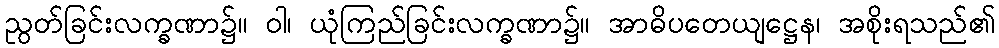
ညွတ်ခြင်းလက္ခဏာ၌။ ဝါ၊ ယုံကြည်ခြင်းလက္ခဏာ၌။ အာဓိပတေယျဋ္ဌေန၊ အစိုးရသည်၏